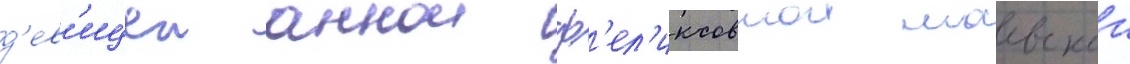
д'ев'ицеи аннои ф'ел'иксовнои маевскои